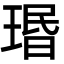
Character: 瑉